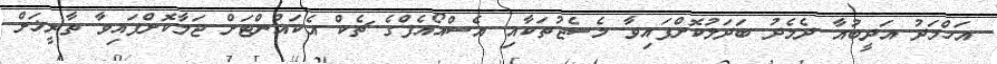
އަހްމަދު އަދީބުއާ ދެމެދު ބަދަލުކޮށްފައިވާ މެސެޖުތަކާއި އެސްއޯއެފްގެ ޗެކް އެކައުންޓަށް ޖަމާކޮށްފައިވާ ތާރީޚަށް